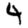
Digit: 4